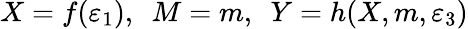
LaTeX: X=f(\varepsilon_{1}),~~M=m,~~Y=h(X,m,\varepsilon_{3})